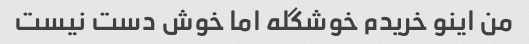
من اینو خریدم خوشگله اما خوش دست نیست